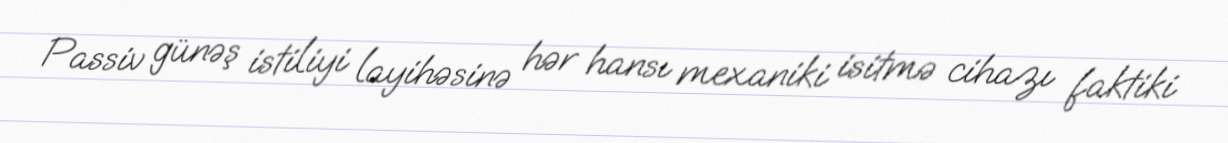
Passiv günəş istiliyi layihəsinə hər hansı mexaniki isitmə cihazı faktiki